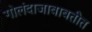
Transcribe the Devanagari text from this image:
गोलंदाजाबाबतीत